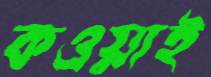
কওয়াই